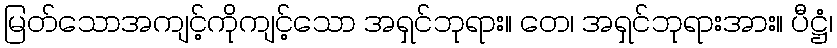
မြတ်သောအကျင့်ကိုကျင့်သော အရှင်ဘုရား။ တေ၊ အရှင်ဘုရားအား။ ပီဋ္ဌံ၊